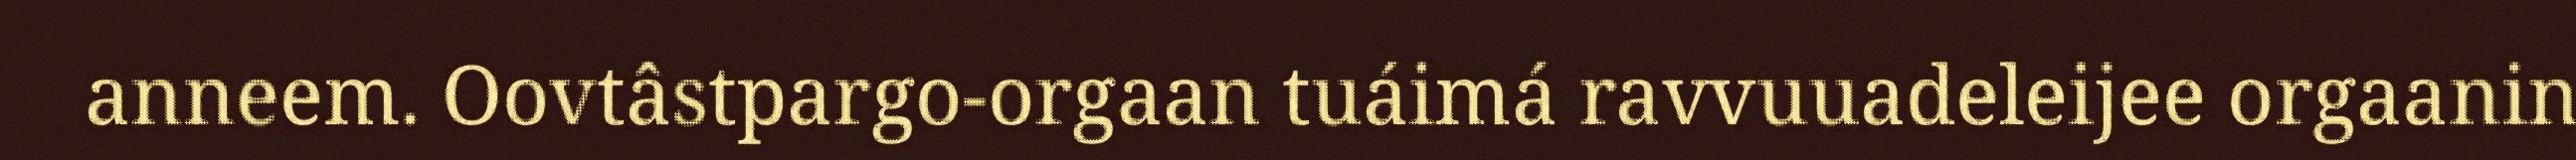
anneem. Oovtâstpargo-orgaan tuáimá ravvuuadeleijee orgaanin